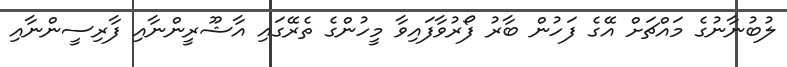
ލުބުނާނުގެ މައްޗަށް އޭގެ ފަހުން ބާރު ފޯރުވާފައިވާ މީހުންގެ ތެރޭގައި އާޝޫރީންނާއި ފާރިސީންނާއި